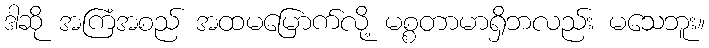
ဒါဆို အကြံအစည် အထမမြောက်လို့ မစ္စတာမာရှိဘလည်း မသေဘူး။